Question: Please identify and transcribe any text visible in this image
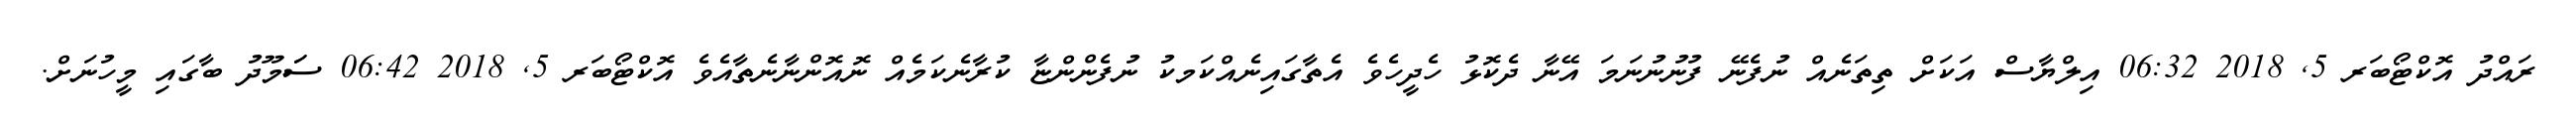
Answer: ރައްދު އޮކްޓޯބަރ 5, 2018 06:32 އިލްޔާސް އަކަށް ތިތަނެއް ނުފެނޭ ފުނުނުނަމަ އޭނާ ދެކޮޅު ހެދީހެވެ އެތާގައިނެއްކަމކު ނުފެންންޏާ ކުރާނެކަމެއް ނޮއޮންނާނެތާއެވެ އޮކްޓޯބަރ 5, 2018 06:42 ސަަމޫދު ބާގައި މީހުނަށް.